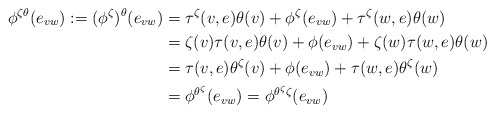
\begin{align*}\phi^{\zeta\theta}(e_{vw}) := (\phi^\zeta)^\theta(e_{vw}) &= \tau^\zeta(v,e)\theta(v) + \phi^\zeta(e_{vw}) + \tau^\zeta(w,e)\theta(w) \\&= \zeta(v)\tau(v,e)\theta(v) + \phi(e_{vw}) + \zeta(w)\tau(w,e)\theta(w) \\&= \tau(v,e)\theta^\zeta(v) + \phi(e_{vw}) + \tau(w,e)\theta^\zeta(w) \\&= \phi^{\theta^\zeta}(e_{vw}) = \phi^{\theta^\zeta \zeta}(e_{vw}) \end{align*}